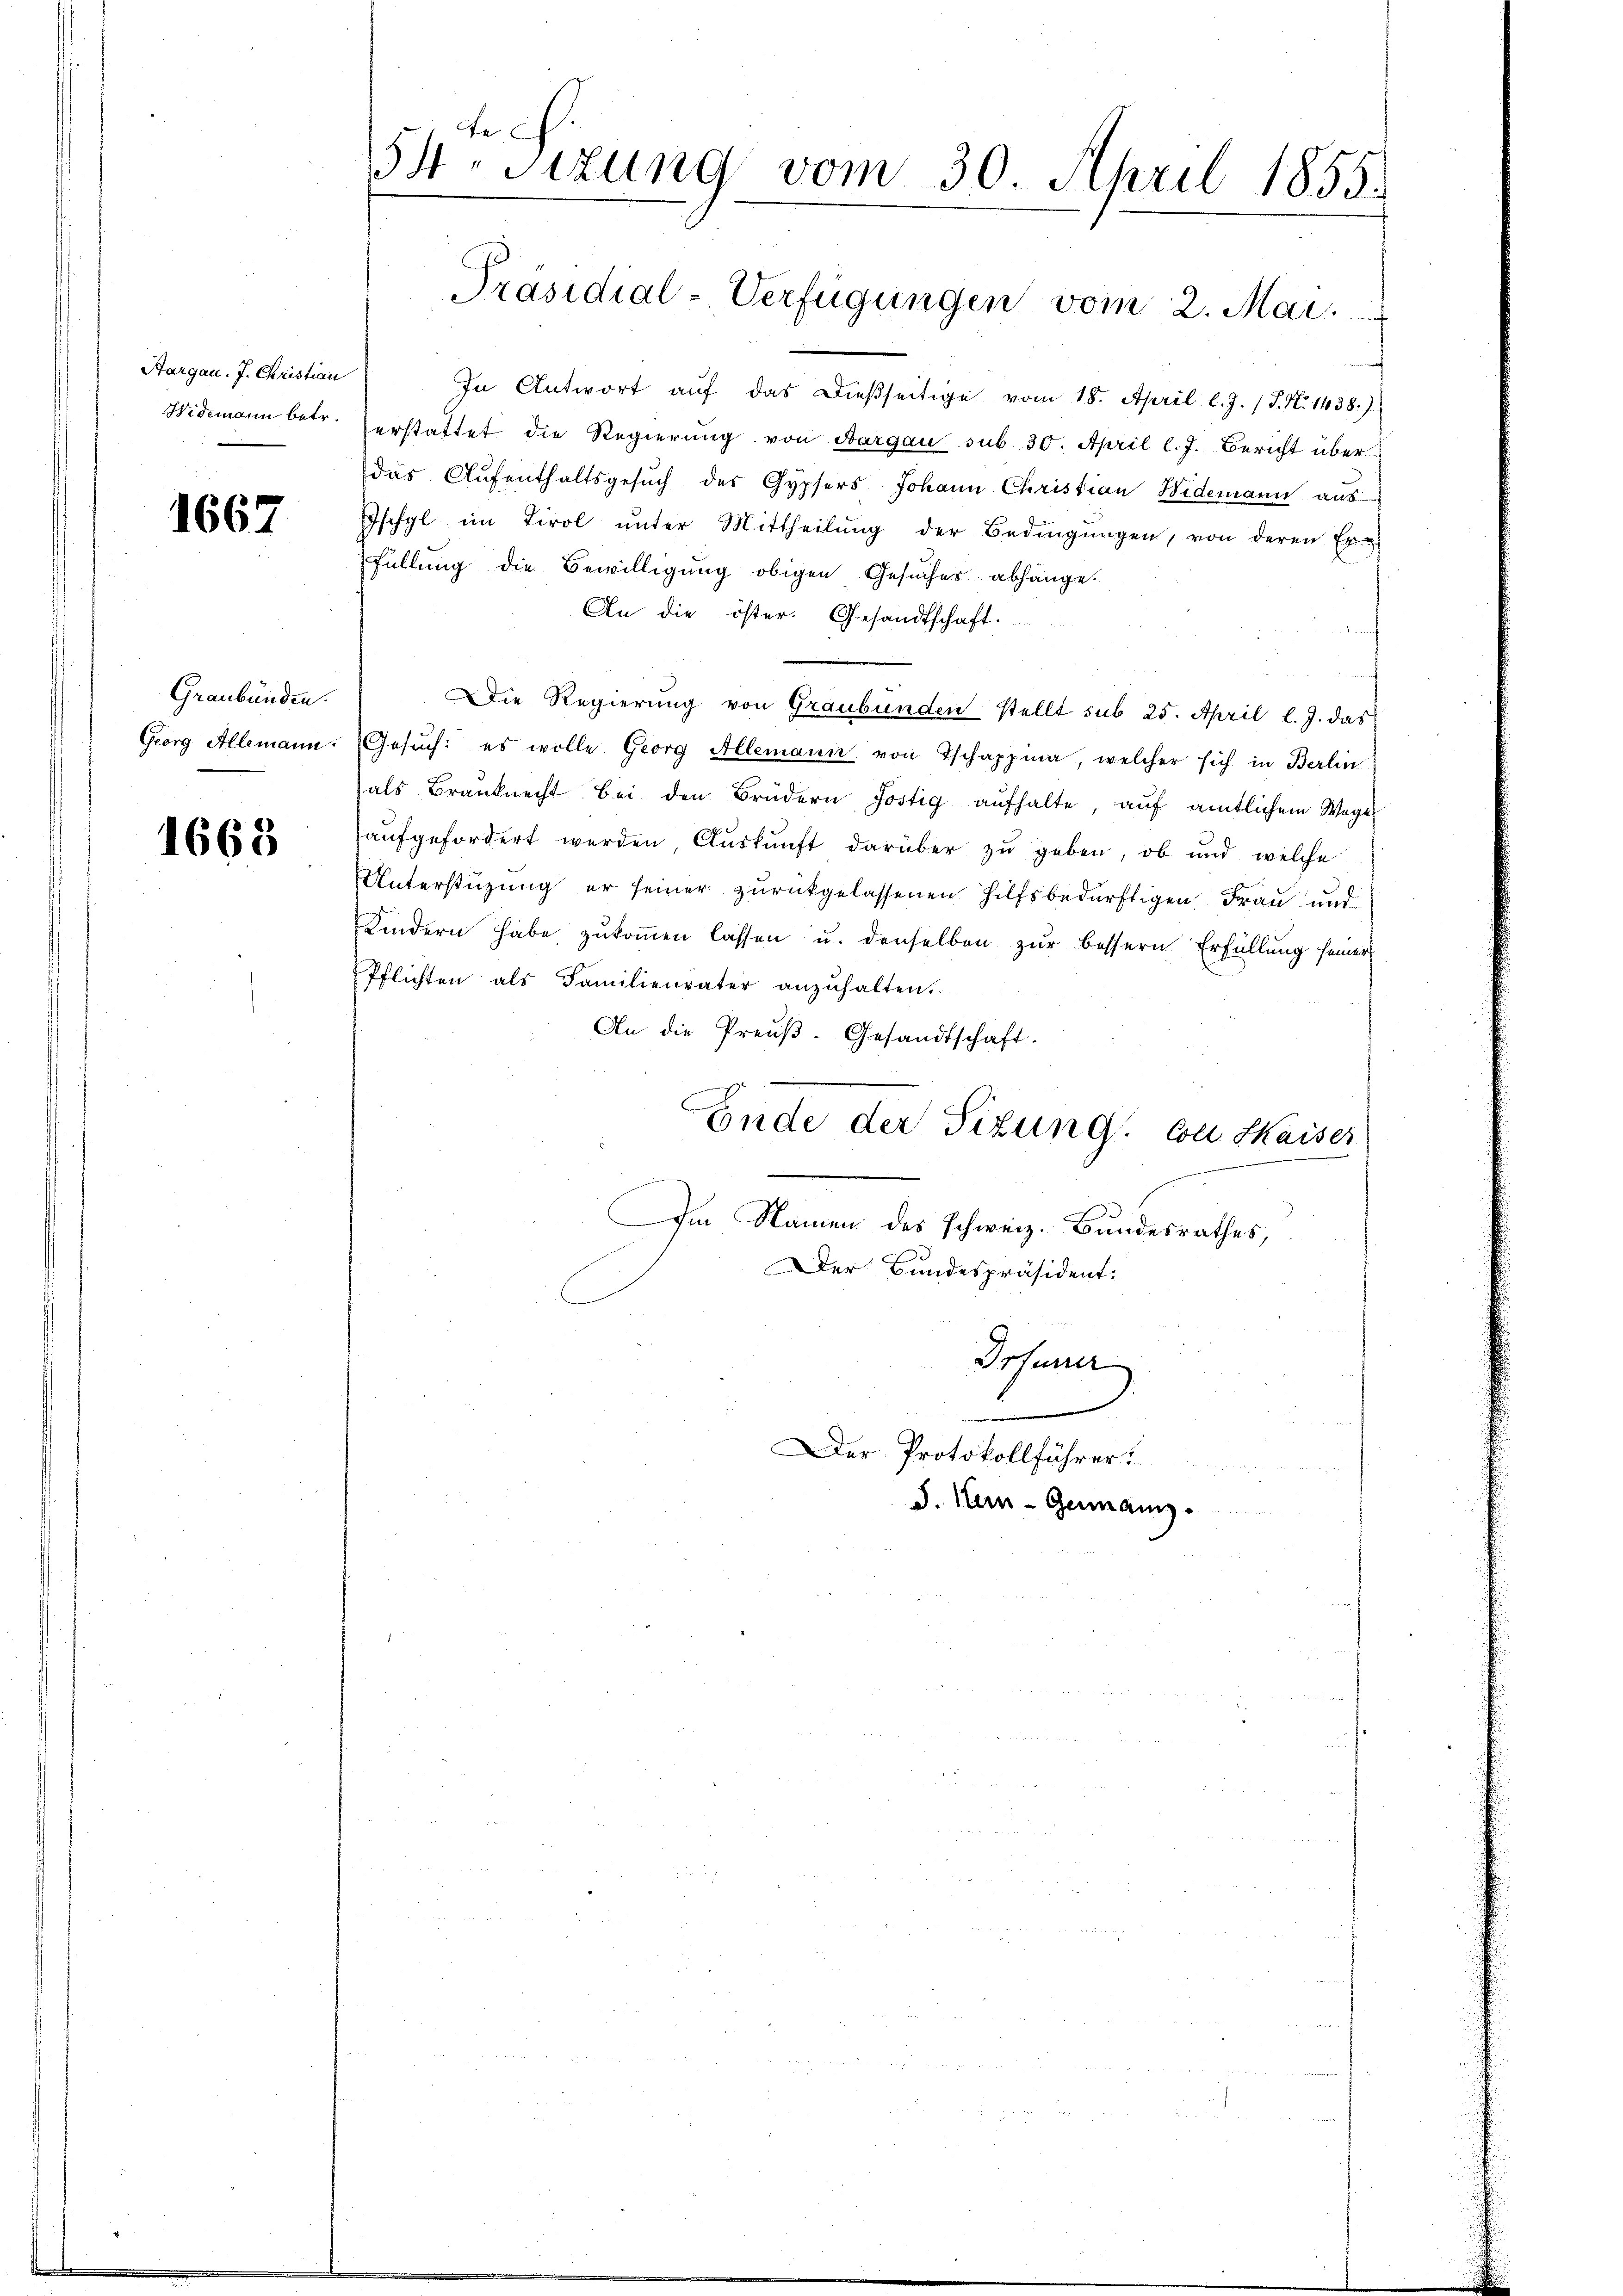
Aargau. J. Christian
Hidemann betr.

1667

Graubünden.
Georg Allemann.

1668

54 sizung vom 30. April 1855.
Präsidial-Verfügungen vom 2. Mai.

In Antwort aŭf das dießseitige vom 18. April l. J. J. N. 1438.)
erstattet die Regierung von Aargau sub 30. April l. J. Bericht über
das Aŭfenthaltsgesŭch des Gypfers Johann Christian Widemann aus
Ischyl im Tirol ŭnter Mittheilŭng der Bedingŭngen, von deren Er-
füllung die Bewilligung obigen Gesucher abhänge.
An die öster. Gesandtschaft.
f
Die Regierung von Graubünden stellt sub 25. April l. J. das
Gesŭch: es wolle. Georg Allemann von Tschappina, welcher sich in Berlin
als Branknecht bei den Brüdern Jostig aufhalte, auf amtlichem Wege
aŭfgefordert werden, Aŭskŭnft darüber zŭ geben, ob und welche
Unterstützung er seiner zurückgelassenen Hilfsbedürftigen Frau und
Kindern habe zŭkoṁen lassen u. denselben zur bessern Erfüllung seiner
Pflichten als Familienvater anzuhalten.
An die Preŭβ- Gesandtschaft.
Ende der Tizung. Coll Kaiser
Im Namen des Schweiz. Bundesrathes,
Der Bundespräsident:
Irsand

Der Protokollführer.
J. Kern-Germann.